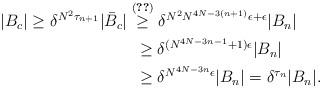
LaTeX: \begin{align*} |B_{c}| \geq \delta^{N^{2}\tau_{n + 1}}|\bar{B}_{c}| & \stackrel{\eqref{defTau}}{\geq} \delta^{N^{2}N^{4N - 3(n + 1)}\epsilon + \epsilon}|B_{n}| \\& \,\,\, \geq \delta^{(N^{4N - 3n - 1} + 1)\epsilon}|B_{n}|\\& \,\,\, \geq \delta^{N^{4N - 3n}\epsilon}|B_{n}| = \delta^{\tau_{n}}|B_{n}|.\end{align*}